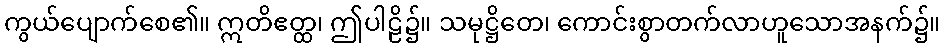
ကွယ်ပျောက်စေ၏။ ဣတိဧတ္ထ၊ ဤပါဠိ၌။ သမုဋ္ဌိတေ၊ ကောင်းစွာတက်လာဟူသောအနက်၌။